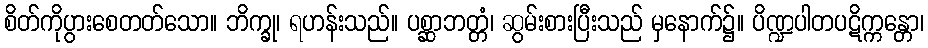
စိတ်ကိုပွားစေတတ်သော။ ဘိက္ခု၊ ရဟန်းသည်။ ပစ္ဆာဘတ္တံ၊ ဆွမ်းစားပြီးသည် မှနောက်၌။ ပိဏ္ဍပါတပဋိက္ကန္တော၊